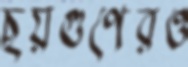
ছয়গুণেরও